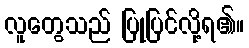
လူတွေသည် ပြုပြင်လို့ရ၏။